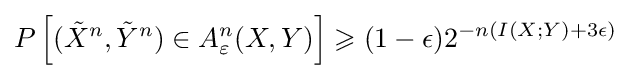
P\left[({\tilde {X}}^{n},{\tilde {Y}}^{n})\in A_{\varepsilon }^{n}(X,Y)\right]\geqslant (1-\epsilon )2^{-n(I(X;Y)+3\epsilon )}